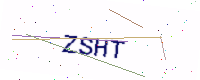
Text: ZSHT